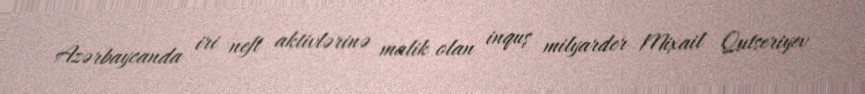
Azərbaycanda iri neft aktivlərinə malik olan inquş milyarder Mixail Qutseriyev